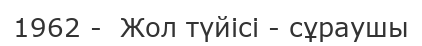
1962 -  Жол түйісі - сұраушы